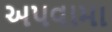
અપવામા